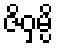
ဇိဝှမ္ပိ